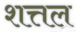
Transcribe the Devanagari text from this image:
शत्तल